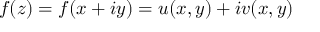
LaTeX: f ( z ) = f ( x + i y ) = u ( x , y ) + i v ( x , y )